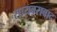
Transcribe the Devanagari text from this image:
सायबराबाद